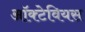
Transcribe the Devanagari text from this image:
ऑक्टेवियस